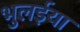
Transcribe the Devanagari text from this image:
भुलईया